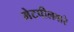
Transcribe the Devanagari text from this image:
मेटपीलवारे